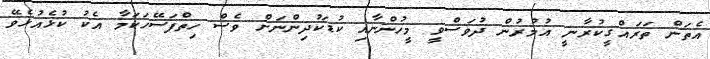
އެތަން ތަރައްގީކުރާނީ އުމުރުން ދުވަސްވީ މީހުންނާއި ކުޑަކުދިންނަށް ވެސް ހިތްފަސޭހަކަމާ އެކު ކުޅެއުޅެވޭ